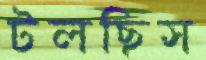
টলছিস